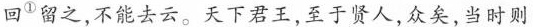
回^{①}留之，不能去云。天下君王，至于贤人，众矣，当时则